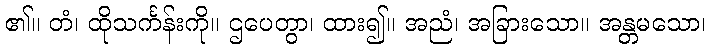
၏။ တံ၊ ထိုသင်္ကန်းကို။ ဌပေတွာ၊ ထား၍။ အညံ၊ အခြားသော။ အန္တမသော၊